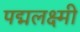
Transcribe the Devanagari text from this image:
पद्मलक्ष्मी